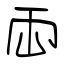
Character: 両